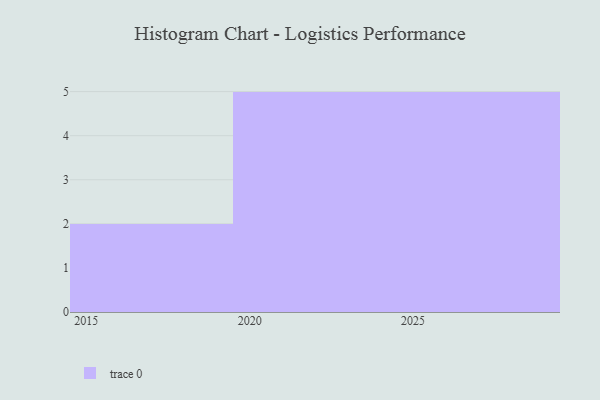
{"axis": {"x": "Year", "y": "Waste Production (Tons)"}, "legend": [""], "data": [{"x": "2025", "y": 77, "type": ""}, {"x": "2018", "y": 8, "type": ""}, {"x": "2023", "y": 18, "type": ""}, {"x": "2024", "y": 79, "type": ""}, {"x": "2027", "y": 95, "type": ""}, {"x": "2029", "y": 32, "type": ""}, {"x": "2026", "y": 7, "type": ""}, {"x": "2022", "y": 23, "type": ""}, {"x": "2021", "y": 67, "type": ""}, {"x": "2028", "y": 13, "type": ""}, {"x": "2019", "y": 54, "type": ""}, {"x": "2020", "y": 38, "type": ""}]}